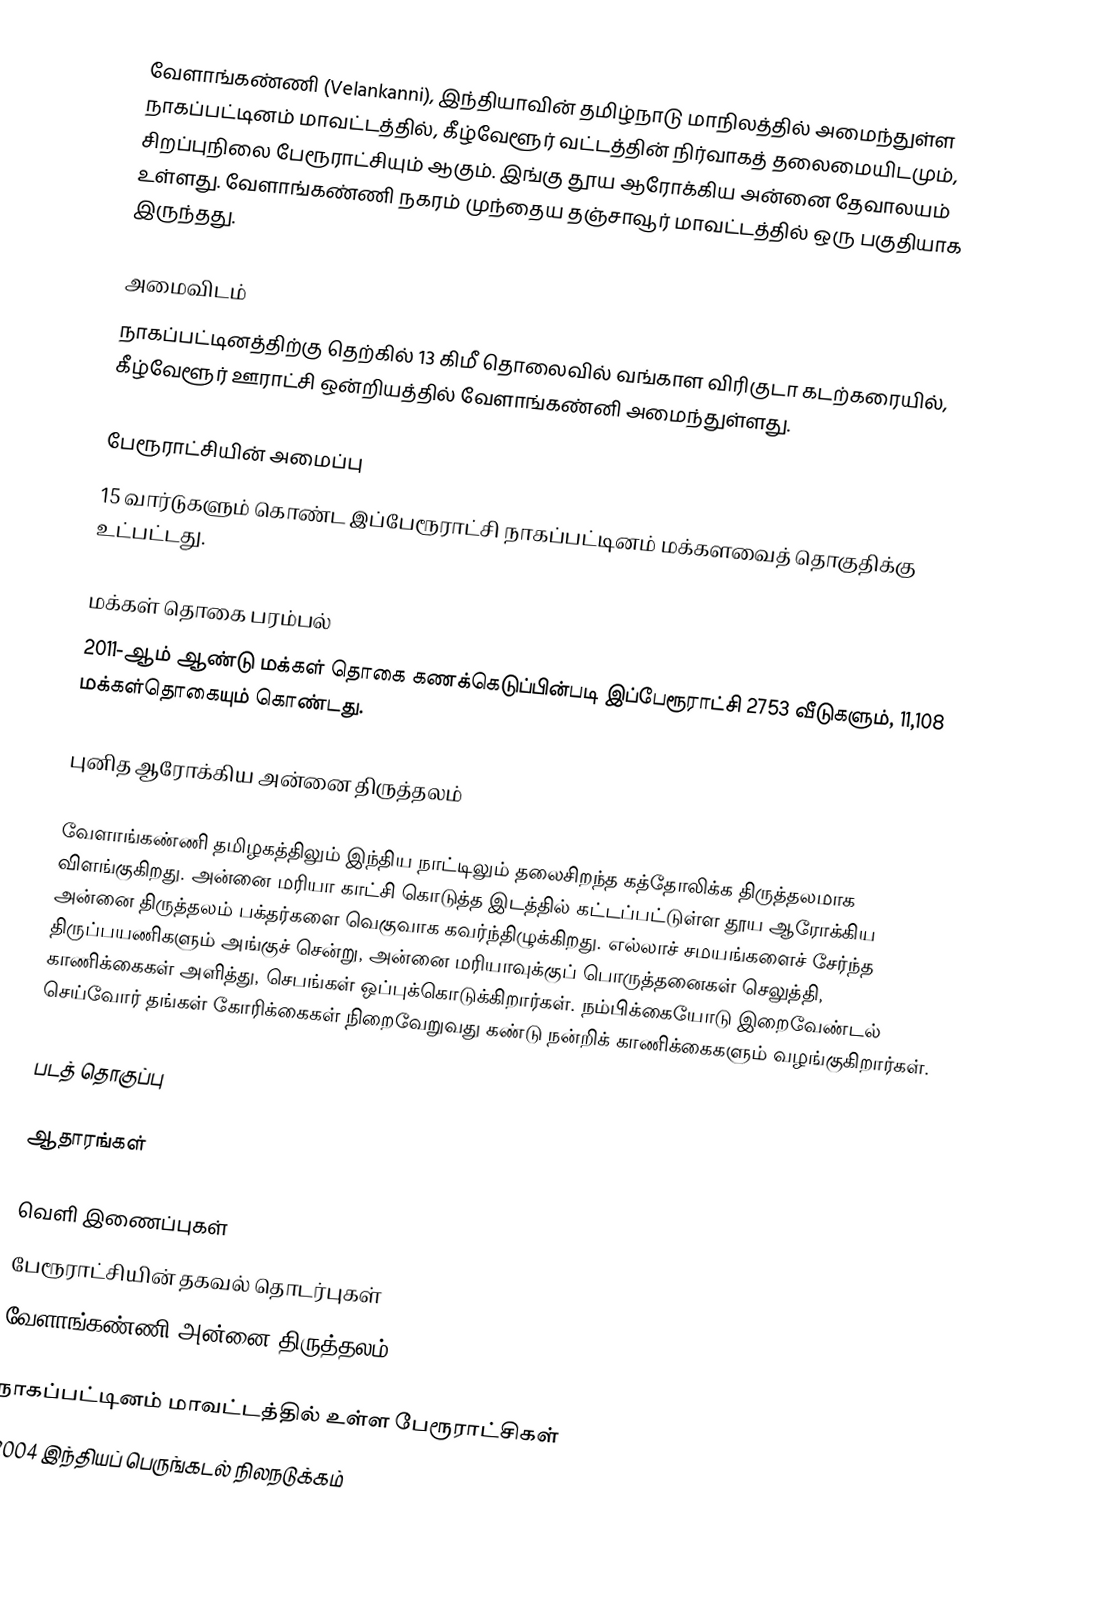
வேளாங்கண்ணி (Velankanni), இந்தியாவின் தமிழ்நாடு மாநிலத்தில் அமைந்துள்ள நாகப்பட்டினம் மாவட்டத்தில், கீழ்வேளூர் வட்டத்தின் நிர்வாகத் தலைமையிடமும், சிறப்புநிலை பேரூராட்சியும் ஆகும். இங்கு தூய ஆரோக்கிய அன்னை தேவாலயம் உள்ளது. வேளாங்கண்ணி நகரம் முந்தைய தஞ்சாவூர் மாவட்டத்தில் ஒரு பகுதியாக இருந்தது.

அமைவிடம்
நாகப்பட்டினத்திற்கு தெற்கில்  13  கிமீ தொலைவில் வங்காள விரிகுடா கடற்கரையில்,  கீழ்வேளூர் ஊராட்சி ஒன்றியத்தில் வேளாங்கண்னி அமைந்துள்ளது.

பேரூராட்சியின் அமைப்பு
15 வார்டுகளும் கொண்ட இப்பேரூராட்சி நாகப்பட்டினம் மக்களவைத் தொகுதிக்கு உட்பட்டது.

மக்கள் தொகை பரம்பல்
2011-ஆம் ஆண்டு மக்கள் தொகை கணக்கெடுப்பின்படி  இப்பேரூராட்சி    2753 வீடுகளும், 11,108 மக்கள்தொகையும் கொண்டது.

புனித ஆரோக்கிய அன்னை திருத்தலம்

வேளாங்கண்ணி தமிழகத்திலும் இந்திய நாட்டிலும் தலைசிறந்த கத்தோலிக்க திருத்தலமாக விளங்குகிறது. அன்னை மரியா காட்சி கொடுத்த இடத்தில் கட்டப்பட்டுள்ள தூய ஆரோக்கிய அன்னை திருத்தலம் பக்தர்களை வெகுவாக கவர்ந்திழுக்கிறது. எல்லாச் சமயங்களைச் சேர்ந்த திருப்பயணிகளும் அங்குச் சென்று, அன்னை மரியாவுக்குப் பொருத்தனைகள் செலுத்தி, காணிக்கைகள் அளித்து, செபங்கள் ஒப்புக்கொடுக்கிறார்கள். நம்பிக்கையோடு இறைவேண்டல் செய்வோர் தங்கள் கோரிக்கைகள் நிறைவேறுவது கண்டு நன்றிக் காணிக்கைகளும் வழங்குகிறார்கள்.

படத் தொகுப்பு

ஆதாரங்கள்

வெளி இணைப்புகள்
 பேரூராட்சியின் தகவல் தொடர்புகள்
வேளாங்கண்ணி அன்னை திருத்தலம்

நாகப்பட்டினம் மாவட்டத்தில் உள்ள பேரூராட்சிகள்
2004 இந்தியப் பெருங்கடல் நிலநடுக்கம்